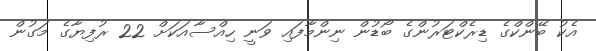
އެކު ބޭންކްގެ ޑިރެކްޓަރުންގެ ބޯޑުން ނިންމާފައި ވަނީ ހިއްސާއަކަށް 22 ރުފިޔާގެ މަގުން